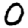
Digit: 0